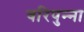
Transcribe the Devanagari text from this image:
वरिपुन्‍ना